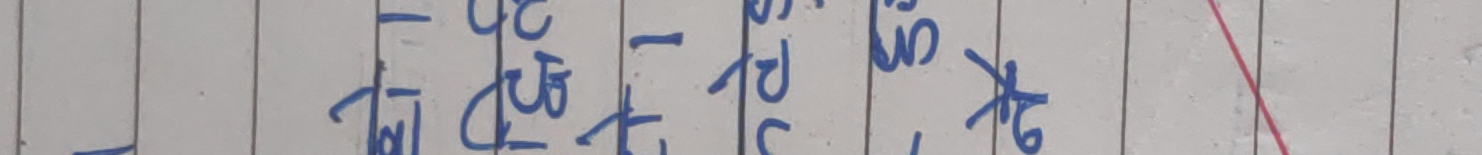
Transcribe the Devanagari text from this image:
टोटल ६३ के.जी. भाडा १६